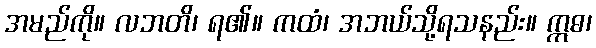
အမည်ကို။ လဘတိ၊ ရ၏။ ကထံ၊ အဘယ်သို့ရသနည်း။ ဣဓ၊